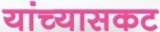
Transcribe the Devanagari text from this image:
यांच्यासकट